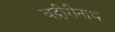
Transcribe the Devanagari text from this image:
बद्रीरीनाथ